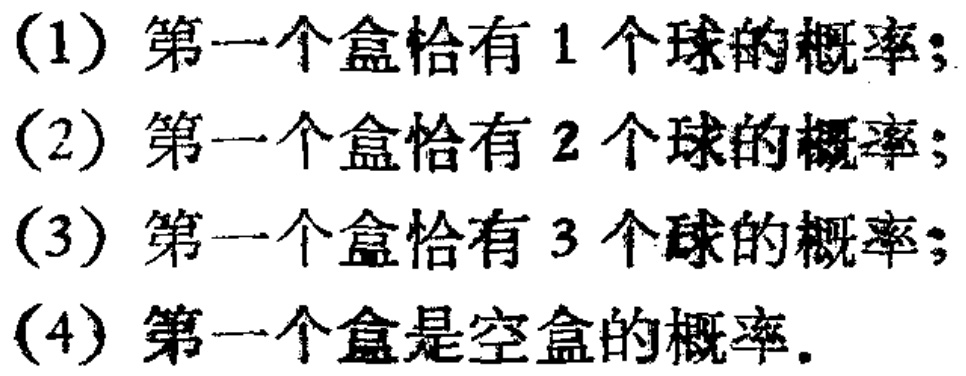
(1) 第一个盒恰有 1 个球的概率;

(2) 第一个盒恰有 2 个球的概率;

(3) 第一个盒恰有 3 个球的概率;

(4) 第一个盒是空盒的概率.